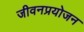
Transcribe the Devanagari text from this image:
जीवनप्रयोजन